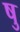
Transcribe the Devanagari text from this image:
षु